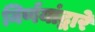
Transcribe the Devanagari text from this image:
निर्णयांद्वारे